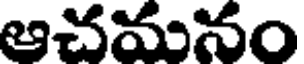
ఆచమనం